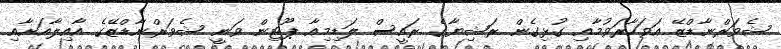
ޝެވަރްނާޑްޒޭ އަވަހާރަވުމާއި ގުޅިގެން ރަޝިޔާގެ ރައީސް ލަޑިމިއާ ޕޫޓިން ވަނީ ޝެވަރްނާޑްޒޭގެ އާއިލާއަށާއި